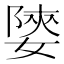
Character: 𡟨